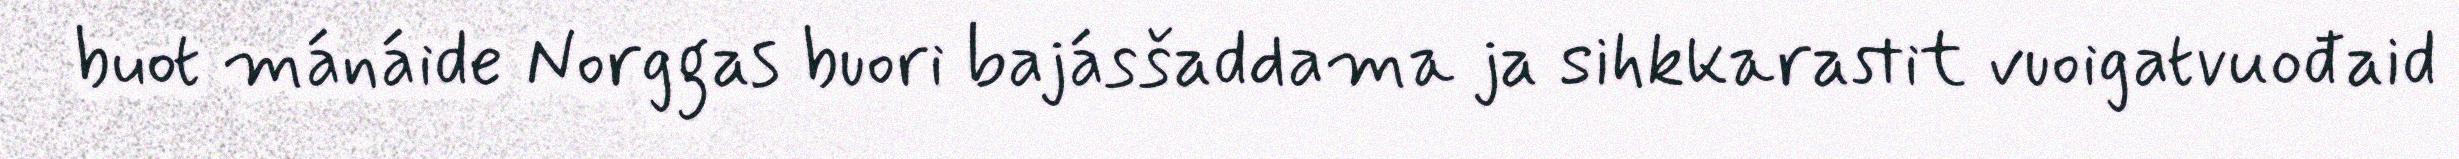
buot mánáide Norggas buori bajásšaddama ja sihkkarastit vuoigatvuođaid